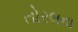
તોરલના